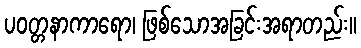
ပဝတ္တနာကာရော၊ ဖြစ်သောအခြင်းအရာတည်း။